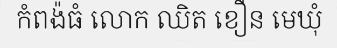
កំពង៉ធំ លោក ឈិត ខឿន មេឃុំ